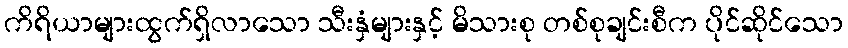
ကိရိယာများထွက်ရှိလာသော သီးနှံများနှင့် မိသားစု တစ်စုချင်းစီက ပိုင်ဆိုင်သော